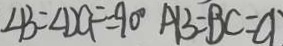
\angle B = \angle D C F = 9 0 ^ { \circ } A B = B C = C D